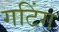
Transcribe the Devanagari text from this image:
गटिंग